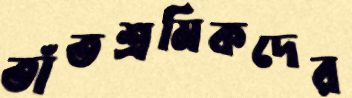
তাঁতশ্রমিকদের